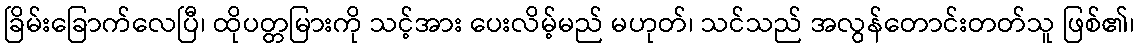
ခြိမ်းခြောက်လေပြီ၊ ထိုပတ္တမြားကို သင့်အား ပေးလိမ့်မည် မဟုတ်၊ သင်သည် အလွန်တောင်းတတ်သူ ဖြစ်၏၊